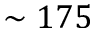
\sim 1 7 5